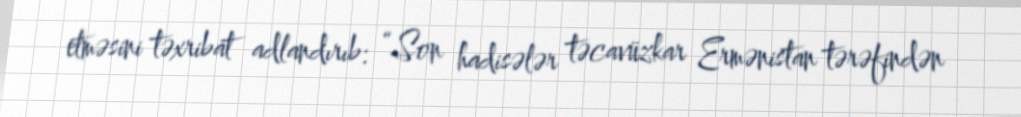
etməsini təxribat adlandırıb: “Son hadisələr təcavüzkar Ermənistan tərəfindən